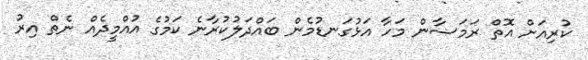
ކުރިއަށް އޮތް ރަމަޟާން މަހާ އަޅުގަނޑުމެން ބައްދަލުކުރާނެ ކަމުގެ އުއްމީދެއް ނެތް އިރު